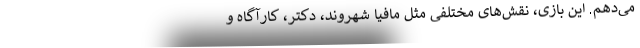
می‌دهم. این بازی، نقش‌های مختلفی مثل مافیا شهروند، دکتر، کارآگاه و